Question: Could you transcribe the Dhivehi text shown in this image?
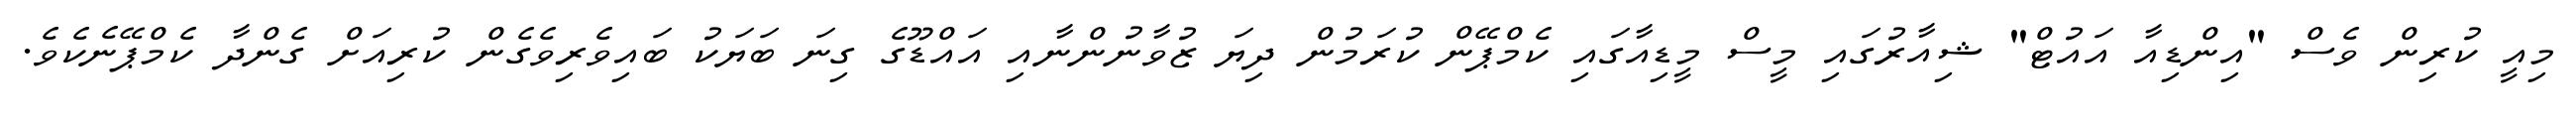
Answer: މިއީ ކުރިން ވެސް "އިންޑިއާ އައުޓް" ޝިއާރުގައި މީސް މީޑިއާގައި ކެމްޕޭން ކުރަމުން ދިޔަ ޒުވާނުންނާއި އައްޑޫގެ ގިނަ ބަޔަކު ބައިވެރިވެގެން ކުރިއަށް ގެންދާ ކެމްޕޭނެކެވެ.